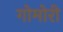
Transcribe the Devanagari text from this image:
गोमोरी